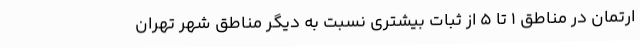
ارتمان در مناطق 1 تا 5 از ثبات بیشتری نسبت به دیگر مناطق شهر تهران